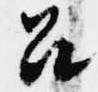
召